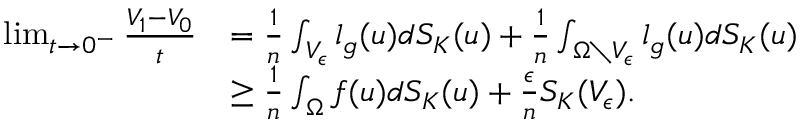
\begin{array} { r l } { \operatorname* { l i m } _ { t \to 0 ^ { - } } \frac { V _ { 1 } - V _ { 0 } } { t } } & { = \frac { 1 } { n } \int _ { V _ { \epsilon } } l _ { g } ( u ) d S _ { K } ( u ) + \frac { 1 } { n } \int _ { \Omega \setminus V _ { \epsilon } } l _ { g } ( u ) d S _ { K } ( u ) } \\ & { \geq \frac { 1 } { n } \int _ { \Omega } f ( u ) d S _ { K } ( u ) + \frac { \epsilon } { n } S _ { K } ( V _ { \epsilon } ) . } \end{array}